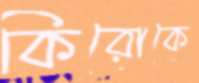
কিরোকে